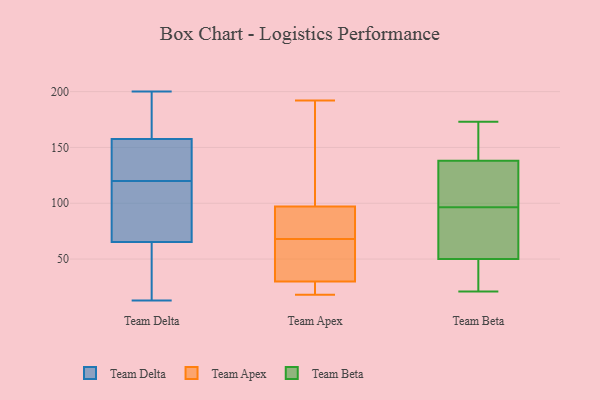
{"axis": {"x": "Humidity (%)", "y": "Value"}, "legend": ["Team Apex", "Team Beta", "Team Delta"], "data": [{"x": "", "y": 160, "type": "Team Delta"}, {"x": "", "y": 54, "type": "Team Delta"}, {"x": "", "y": 197, "type": "Team Delta"}, {"x": "", "y": 96, "type": "Team Delta"}, {"x": "", "y": 200, "type": "Team Delta"}, {"x": "", "y": 13, "type": "Team Delta"}, {"x": "", "y": 43, "type": "Team Delta"}, {"x": "", "y": 145, "type": "Team Delta"}, {"x": "", "y": 72, "type": "Team Delta"}, {"x": "", "y": 145, "type": "Team Delta"}, {"x": "", "y": 41, "type": "Team Delta"}, {"x": "", "y": 102, "type": "Team Delta"}, {"x": "", "y": 193, "type": "Team Delta"}, {"x": "", "y": 120, "type": "Team Delta"}, {"x": "", "y": 143, "type": "Team Delta"}, {"x": "", "y": 150, "type": "Team Delta"}, {"x": "", "y": 63, "type": "Team Delta"}, {"x": "", "y": 76, "type": "Team Delta"}, {"x": "", "y": 192, "type": "Team Delta"}, {"x": "", "y": 131, "type": "Team Apex"}, {"x": "", "y": 192, "type": "Team Apex"}, {"x": "", "y": 42, "type": "Team Apex"}, {"x": "", "y": 90, "type": "Team Apex"}, {"x": "", "y": 30, "type": "Team Apex"}, {"x": "", "y": 20, "type": "Team Apex"}, {"x": "", "y": 144, "type": "Team Apex"}, {"x": "", "y": 97, "type": "Team Apex"}, {"x": "", "y": 62, "type": "Team Apex"}, {"x": "", "y": 97, "type": "Team Apex"}, {"x": "", "y": 48, "type": "Team Apex"}, {"x": "", "y": 18, "type": "Team Apex"}, {"x": "", "y": 33, "type": "Team Apex"}, {"x": "", "y": 28, "type": "Team Apex"}, {"x": "", "y": 74, "type": "Team Apex"}, {"x": "", "y": 94, "type": "Team Apex"}, {"x": "", "y": 28, "type": "Team Apex"}, {"x": "", "y": 74, "type": "Team Apex"}, {"x": "", "y": 72, "type": "Team Beta"}, {"x": "", "y": 32, "type": "Team Beta"}, {"x": "", "y": 150, "type": "Team Beta"}, {"x": "", "y": 138, "type": "Team Beta"}, {"x": "", "y": 21, "type": "Team Beta"}, {"x": "", "y": 126, "type": "Team Beta"}, {"x": "", "y": 94, "type": "Team Beta"}, {"x": "", "y": 99, "type": "Team Beta"}, {"x": "", "y": 173, "type": "Team Beta"}, {"x": "", "y": 50, "type": "Team Beta"}]}